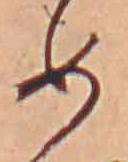
め